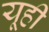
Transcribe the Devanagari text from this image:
यूही